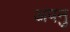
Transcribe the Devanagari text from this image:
अपनु